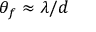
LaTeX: \theta _ { f } \approx \lambda / d